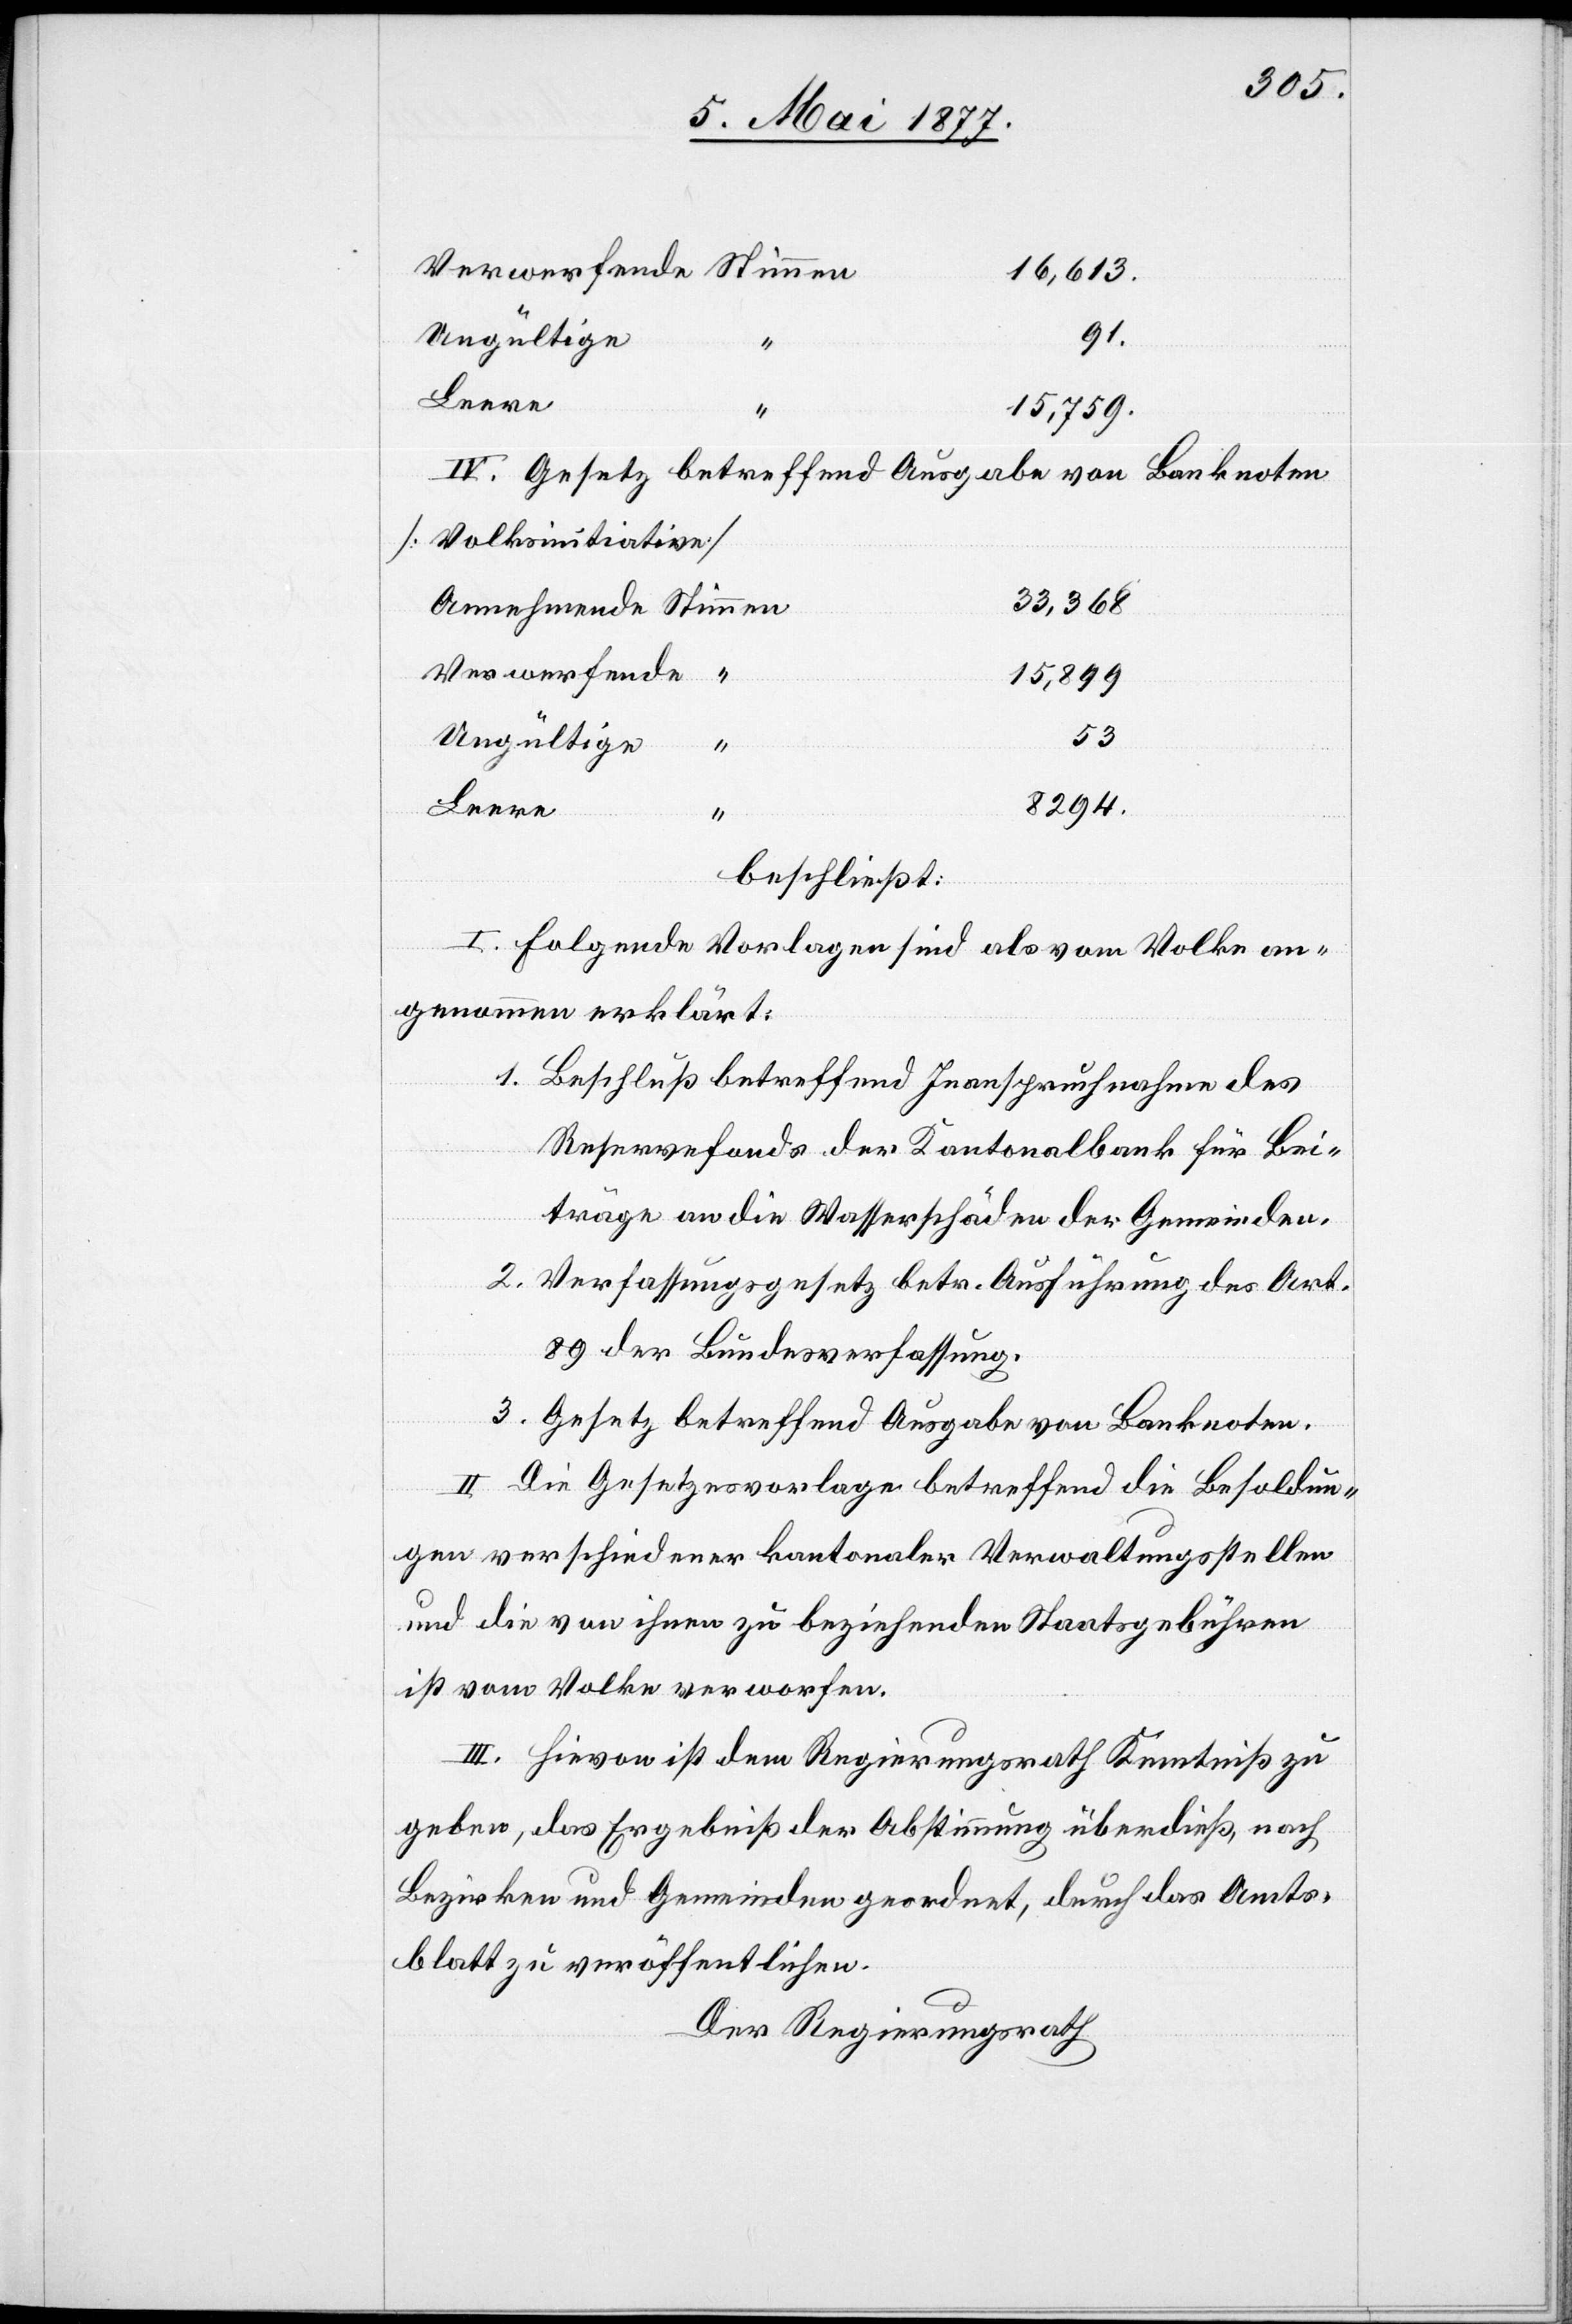
16,613
Leere
15,759
VI. Gesetz betreffend Ausgabe von Banknoten
[Volksinitiative].
33,368
Verwerfende
15,899
53
Ungültige
8294
beschließt:
I. Folgende Vorlagen sind als vom Volke an¬
genommen erklärt:
1. Beschluß betreffend Inanspruchnahme des
Reservefonds der Kantonalbank für Bei¬
träge an die Wasserschäden der Gemeinden.
2. Verfassungsgesetz betr. Ausführung des Art.
89 der Bundesverfassung.
3. Gesetz betreffend Ausgabe von Banknoten.
II. Die Gesetzesvorlage betreffend die Besoldun¬
gen verschiedener kantonaler Verwaltungsstellen
und die von ihnen zu beziehenden Staatsgebühren
ist vom Volke verworfen.
III. Hievon ist dem Regierungsrath Kenntniß zu
geben, das Ergebniß der Abstimmung überdieß, nach
Bezirken und Gemeinden geordnet, durch das Amts¬
blatt zu veröffentlichen.
Der Regierungsrath